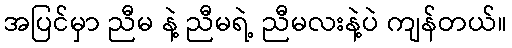
အပြင်မှာ ညီမ နဲ့ ညီမရဲ့ ညီမလးနဲ့ပဲ ကျန်တယ်။